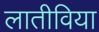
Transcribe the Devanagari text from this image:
लातीविया